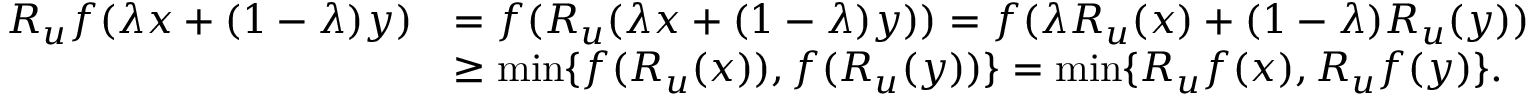
\begin{array} { r l } { R _ { u } f ( \lambda x + ( 1 - \lambda ) y ) } & { = f ( R _ { u } ( \lambda x + ( 1 - \lambda ) y ) ) = f ( \lambda R _ { u } ( x ) + ( 1 - \lambda ) R _ { u } ( y ) ) } \\ & { \geq \operatorname* { m i n } \{ f ( R _ { u } ( x ) ) , f ( R _ { u } ( y ) ) \} = \operatorname* { m i n } \{ R _ { u } f ( x ) , R _ { u } f ( y ) \} . } \end{array}